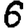
Digit: 6